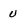
Character: U